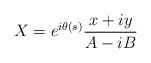
LaTeX: \begin{align*}X =e^{i\theta(s)}\frac{x+iy}{A-iB}\end{align*}